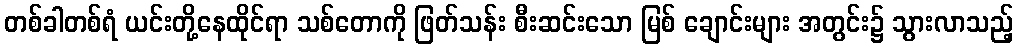
တစ်ခါတစ်ရံ ယင်းတို့နေထိုင်ရာ သစ်တောကို ဖြတ်သန်း စီးဆင်းသော မြစ် ချောင်းများ အတွင်း၌ သွားလာသည့်